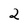
Character: 2